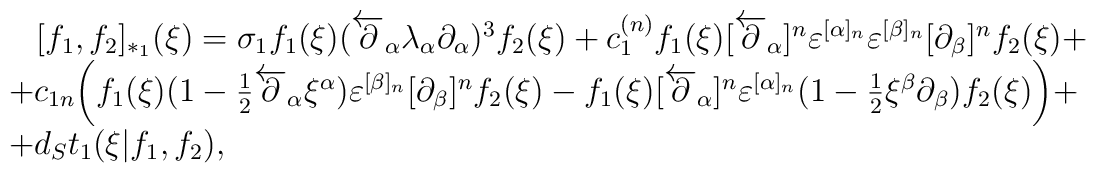
\begin {array}{l}\,\,\,\,\,[f_1,f_2]_{*_1}(\xi)=\sigma_1f_1(\xi)(\overleftarrow\partial_\alpha\lambda_\alpha\partial_\alpha)^3f_2(\xi)+c_1^{(n)}f_1(\xi)[\overleftarrow\partial_\alpha]^n\varepsilon^{[\alpha]_n}\varepsilon^{[\beta]_n}[\partial_\beta]^nf_2(\xi)+ \\+c_{1n}\biggl(f_1(\xi)(1-{1\over2}\overleftarrow\partial_\alpha\xi^\alpha)\varepsilon^{[\beta]_n}[\partial_\beta]^nf_2(\xi)-f_1(\xi)[\overleftarrow\partial_\alpha]^n\varepsilon^{[\alpha]_n}(1-{1\over2}\xi^\beta\partial_\beta)f_2(\xi)\biggr)+ \\+d_St_1 (\xi|f_1,f_2),\end{array}